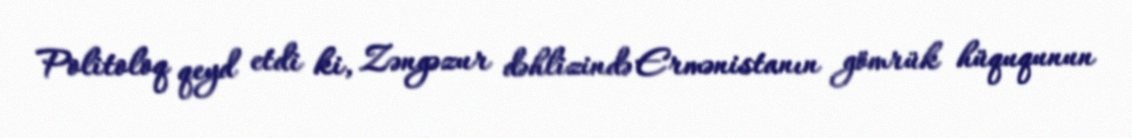
Politoloq qeyd etdi ki, Zəngəzur dəhlizində Ermənistanın gömrük hüququnun